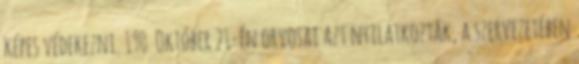
képes védekezni. 190 Október 21-én orvosai azt nyilatkozták, a szervezetében